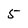
Character: 5